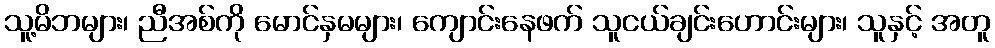
သူ့မိဘများ၊ ညီအစ်ကို မောင်နှမများ၊ ကျောင်းနေဖက် သူငယ်ချင်းဟောင်းများ၊ သူနှင့် အတူ